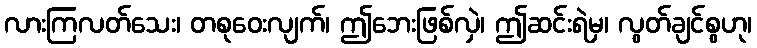
လားကြလတ်သေး၊ တစုဝေးလျက်၊ ဤဘေးဖြစ်လှဲ၊ ဤဆင်းရဲမှ၊ လွတ်ချင်စွဟု၊